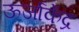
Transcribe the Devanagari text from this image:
ऊर्जाकेंद्र